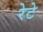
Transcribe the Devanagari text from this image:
रेटे